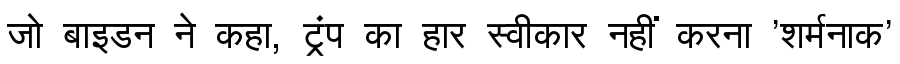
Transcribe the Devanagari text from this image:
जो बाइडन ने कहा, ट्रंप का हार स्वीकार नहीं करना 'शर्मनाक'